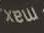
max